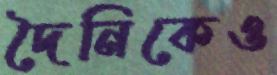
দৈনিকেও